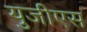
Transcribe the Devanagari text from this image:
युजीएस